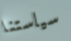
سياستنا